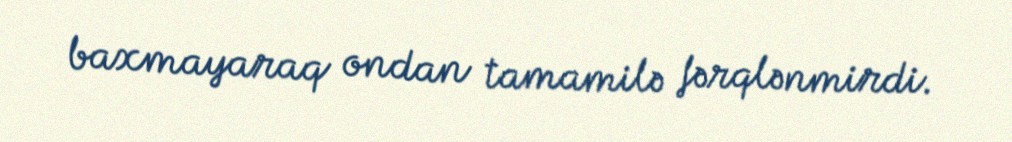
baxmayaraq ondan tamamilə fərqlənmirdi.